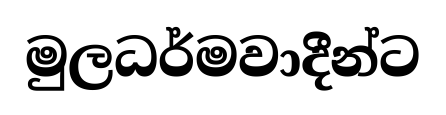
මුලධර්මවාදීන්ට